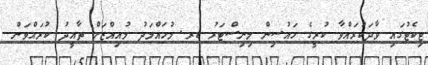
ޓިކެޓުގައި ވާދަކުރައްވާ ކުރީގެ ހައުސިން މިނިސްޓަރު ޑރ. މުހައްމަދު މުއިއްޒަށް ތާއީދު ކުރައްވަން